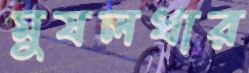
মুষলধার